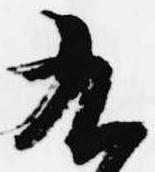
九